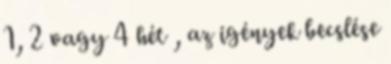
1, 2 vagy 4 hét , az igények becslése